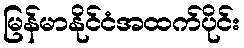
မြန်မာနိုင်ငံအထက်ပိုင်း